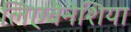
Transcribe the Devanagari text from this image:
लिएवेनेशिया